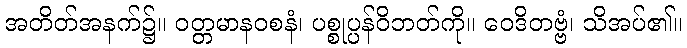
အတိတ်အနက်၌။ ဝတ္တမာနဝစနံ၊ ပစ္စုပ္ပန်ဝိဘတ်ကို။ ဝေဒိတဗ္ဗံ၊ သိအပ်၏။